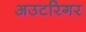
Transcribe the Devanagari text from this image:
अउटरिगर